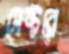
সেক্টরে